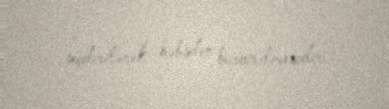
seçdirilərək həbsdən buraxılmasıdır.